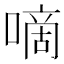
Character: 嘀